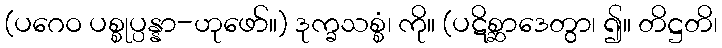
(ပဂေဝ ပစ္စုပ္ပန္နာ-ဟုဖော်။) ဒုက္ခသစ္စံ၊ ကို။ (ပဋိစ္ဆာဒေတွာ၊ ၍။ တိဋ္ဌတိ၊